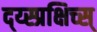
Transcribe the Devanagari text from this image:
द्य्स्प्रक्षिच्स्